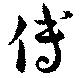
博